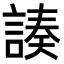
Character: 𧩻